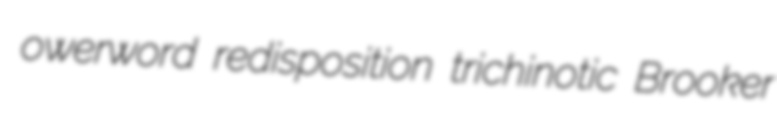
owerword redisposition trichinotic Brooker